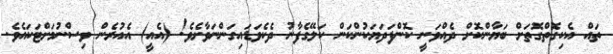
ތައް އެކިގޮތްގޮތަށް ބަޔާންކޮށް ދެއްވަނީ ކޮންފަދަޔަކުންކަން ކަލޭގެފާނު ދެކެވަޑައިގަންނަވާށެވެ! (އެއީ) އެއުރެން ވިސްނުމަށްޓަކައެވެ.